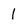
Character: 1